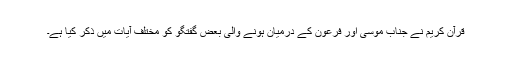
قرآن کریم نے جناب موسیؑ اور فرعون کے درمیان ہونے والی بعض گفتگو کو مختلف آیات میں ذکر کیا ہے۔